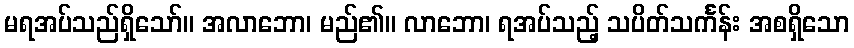
မရအပ်သည်ရှိသော်။ အလာဘော၊ မည်၏။ လာဘော၊ ရအပ်သည့် သပိတ်သင်္ကန်း အစရှိသော